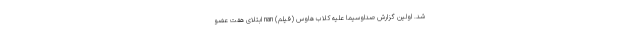
شد. اولین گزارش صداوسیما علیه کلاب هاوس (فیلم) nan ابتلای هفت عضو